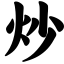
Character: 炒